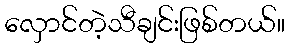
လှောင်တဲ့သီချင်းဖြစ်တယ်။